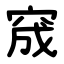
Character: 窚